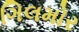
ગિલમોર